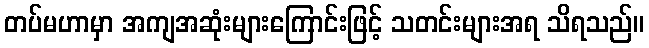
တပ်မဟာမှာ အကျအဆုံးများကြောင်းဖြင့် သတင်းများအရ သိရသည်။